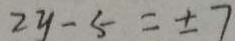
2 y - 5 = \pm 7